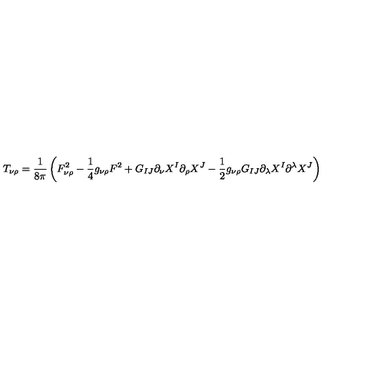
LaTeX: T _ { \nu \rho } = \frac { 1 } { 8 \pi } \left( F _ { \nu \rho } ^ { 2 } - \frac 1 4 g _ { \nu \rho } F ^ { 2 } + G _ { I J } \partial _ { \nu } X ^ { I } \partial _ { \rho } X ^ { J } - \frac 1 2 g _ { \nu \rho } G _ { I J } \partial _ { \lambda } X ^ { I } \partial ^ { \lambda } X ^ { J } \right)